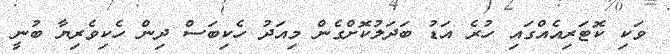
ވަކި ކޮޓަރިއެއްގައި ހުރެ އަޑު ބަދަލުކޮށްގެން މިއަދު ހެކިބަސް ދިން ހެކިވެރިޔާ ބުނީ